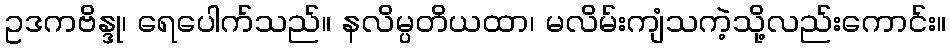
ဥဒကဗိန္ဒု၊ ရေပေါက်သည်။ နလိမ္ပတိယထာ၊ မလိမ်းကျံသကဲ့သို့လည်းကောင်း။